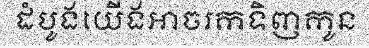
ដំបូងយើងអាចរកទិញកូន